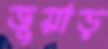
জুয়াড়